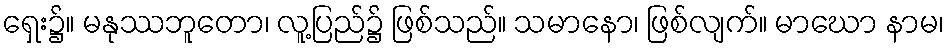
ရှေး၌။ မနုဿဘူတော၊ လူ့ပြည်၌ ဖြစ်သည်။ သမာနော၊ ဖြစ်လျက်။ မာဃော နာမ၊